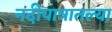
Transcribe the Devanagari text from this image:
नदीपात्रातल्या